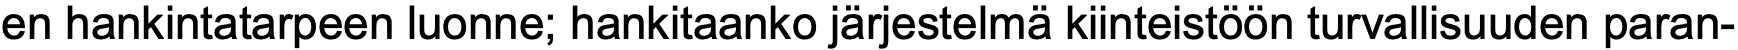
en hankintatarpeen luonne; hankitaanko järjestelmä kiinteistöön turvallisuuden paran-